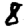
Digit: 8